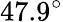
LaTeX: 47.9^{\circ}